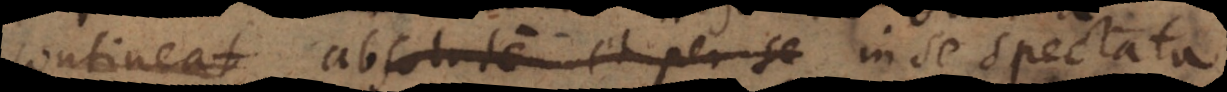
contineat absolute et per se notio subjecti